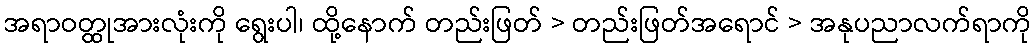
အရာဝတ္ထုအားလုံးကို ရွေးပါ၊ ထို့နောက် တည်းဖြတ် > တည်းဖြတ်အရောင် > အနုပညာလက်ရာကို